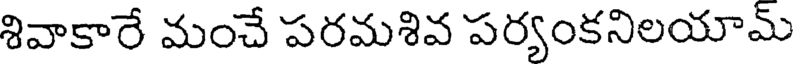
శివాకారే మంచే పరమశివ పర్యంకనిలయామ్